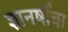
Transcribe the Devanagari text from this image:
ज्ञानर्षीचा